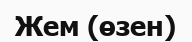
Жем (өзен)